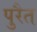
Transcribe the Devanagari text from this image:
पुरैत